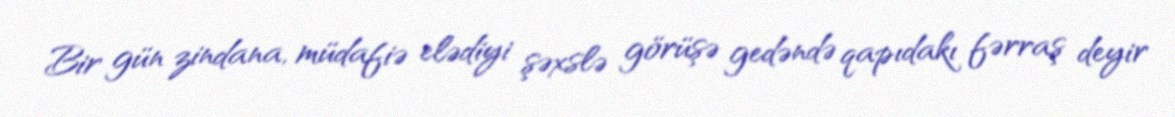
Bir gün zindana, müdafiə elədiyi şəxslə görüşə gedəndə qapıdakı fərraş deyir